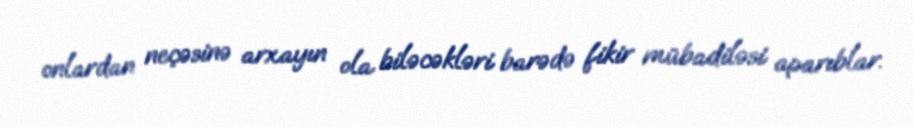
onlardan neçəsinə arxayın ola biləcəkləri barədə fikir mübadiləsi aparıblar.